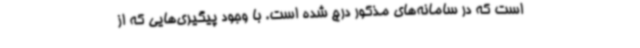
است که در سامانه‌های مذکور درج شده است. با وجود پیگیری‌هایی که از